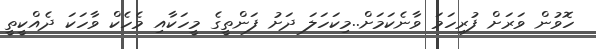
ހޮވުން ވަރަށް ފުރިހަމަ ވާނެކަމަށް..މިކަހަލަ ދަށު ފަންތީގެ މީހަކާއި މެހެކް ވާހަކަ ދެއްކީތީ